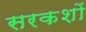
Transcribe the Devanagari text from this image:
सरकशों